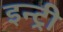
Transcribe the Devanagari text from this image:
इन्ट्री